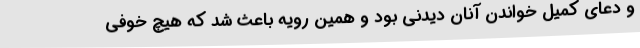
و دعای کمیل خواندن آنان دیدنی بود و همین رویه باعث شد که هیچ خوفی